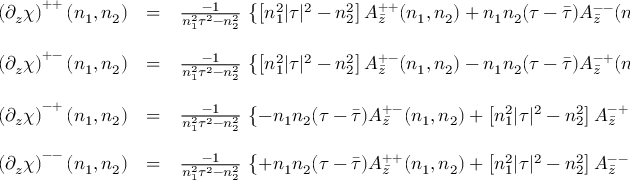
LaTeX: \begin{array} { r c l } { { \left( \partial _ { z } \chi \right) ^ { + + } ( n _ { 1 } , n _ { 2 } ) } } & { { = } } & { { \frac { - 1 } { n _ { 1 } ^ { 2 } \tau ^ { 2 } - n _ { 2 } ^ { 2 } } \, \left\{ \left[ n _ { 1 } ^ { 2 } | \tau | ^ { 2 } - n _ { 2 } ^ { 2 } \right] A _ { \bar { z } } ^ { + + } ( n _ { 1 } , n _ { 2 } ) + n _ { 1 } n _ { 2 } ( \tau - \bar { \tau } ) A _ { \bar { z } } ^ { -- } ( n _ { 1 } , n _ { 2 } ) \right\} \ \ \ , } } \\ { { } } & { { } } & { { } } \\ { { \left( \partial _ { z } \chi \right) ^ { + - } ( n _ { 1 } , n _ { 2 } ) } } & { { = } } & { { \frac { - 1 } { n _ { 1 } ^ { 2 } \tau ^ { 2 } - n _ { 2 } ^ { 2 } } \, \left\{ \left[ n _ { 1 } ^ { 2 } | \tau | ^ { 2 } - n _ { 2 } ^ { 2 } \right] A _ { \bar { z } } ^ { + - } ( n _ { 1 } , n _ { 2 } ) - n _ { 1 } n _ { 2 } ( \tau - \bar { \tau } ) A _ { \bar { z } } ^ { - + } ( n _ { 1 } , n _ { 2 } ) \right\} \ \ \ , } } \\ { { } } & { { } } & { { } } \\ { { \left( \partial _ { z } \chi \right) ^ { - + } ( n _ { 1 } , n _ { 2 } ) } } & { { = } } & { { \frac { - 1 } { n _ { 1 } ^ { 2 } \tau ^ { 2 } - n _ { 2 } ^ { 2 } } \, \left\{ - n _ { 1 } n _ { 2 } ( \tau - \bar { \tau } ) A _ { \bar { z } } ^ { + - } ( n _ { 1 } , n _ { 2 } ) + \left[ n _ { 1 } ^ { 2 } | \tau | ^ { 2 } - n _ { 2 } ^ { 2 } \right] A _ { \bar { z } } ^ { - + } ( n _ { 1 } , n _ { 2 } ) \right\} \ \ \ , } } \\ { { } } & { { } } & { { } } \\ { { \left( \partial _ { z } \chi \right) ^ { -- } ( n _ { 1 } , n _ { 2 } ) } } & { { = } } & { { \frac { - 1 } { n _ { 1 } ^ { 2 } \tau ^ { 2 } - n _ { 2 } ^ { 2 } } \, \left\{ + n _ { 1 } n _ { 2 } ( \tau - \bar { \tau } ) A _ { \bar { z } } ^ { + + } ( n _ { 1 } , n _ { 2 } ) + \left[ n _ { 1 } ^ { 2 } | \tau | ^ { 2 } - n _ { 2 } ^ { 2 } \right] A _ { \bar { z } } ^ { -- } ( n _ { 1 } , n _ { 2 } ) \right\} \ \ \ . } } \end{array}